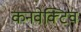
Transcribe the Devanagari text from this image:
कनवेक्टिव